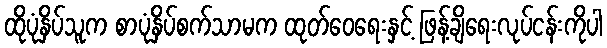
ထိုပုံနှိပ်သူက စာပုံနှိပ်စက်သာမက ထုတ်ဝေရေးနှင့် ဖြန့်ချိရေးလုပ်ငန်းကိုပါ